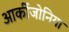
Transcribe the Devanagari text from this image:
आर्कीजोनिया